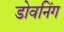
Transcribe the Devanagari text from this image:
डोवनिंग